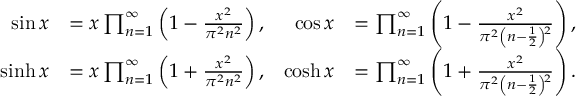
{ \begin{array} { r l r l } { \sin x } & { = x \prod _ { n = 1 } ^ { \infty } \left( 1 - { \frac { x ^ { 2 } } { \pi ^ { 2 } n ^ { 2 } } } \right) , } & { \cos x } & { = \prod _ { n = 1 } ^ { \infty } \left( 1 - { \frac { x ^ { 2 } } { \pi ^ { 2 } \left( n - { \frac { 1 } { 2 } } \right) \! { \vphantom { ) } } ^ { 2 } } } \right) , } \\ { \sinh x } & { = x \prod _ { n = 1 } ^ { \infty } \left( 1 + { \frac { x ^ { 2 } } { \pi ^ { 2 } n ^ { 2 } } } \right) , } & { \cosh x } & { = \prod _ { n = 1 } ^ { \infty } \left( 1 + { \frac { x ^ { 2 } } { \pi ^ { 2 } \left( n - { \frac { 1 } { 2 } } \right) \! { \vphantom { ) } } ^ { 2 } } } \right) . } \end{array} }